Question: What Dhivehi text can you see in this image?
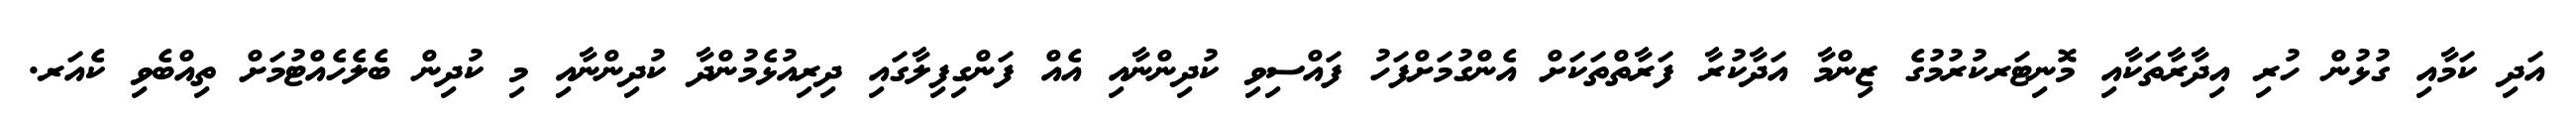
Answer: އަދި ކަމާއި ގުޅުން ހުރި އިދާރާތަކާއި މޮނިޓަރކުރުމުގެ ޒިންމާ އަދާކުރާ ފަރާތްތަކަށް އެންގުމަށްފަހު ފައްސިވި ކުދިންނާއި އެއް ފަންގިފިލާގައި ދިރިއުޅެމުންދާ ކުދިންނާއި މި ކުދިން ބެލެހެއްޓުމަށް ތިއްބެވި ކެއަރ.